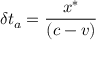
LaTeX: \delta t _ { a } = { \frac { x ^ { \ast } } { \left( c - v \right) } }